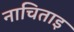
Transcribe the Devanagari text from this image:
नाचिताइ